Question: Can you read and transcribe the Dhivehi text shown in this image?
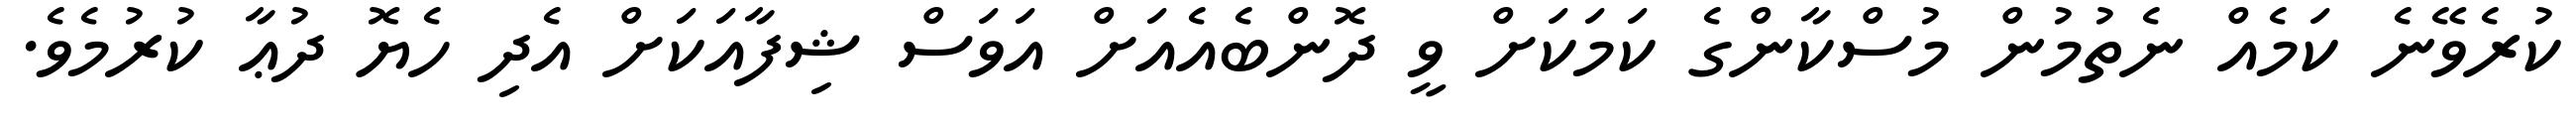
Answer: ކުރެވޭނެ ކަމެއް ނެތުމުން މުސްކާންގެ ކަމަކަށް ވީ ދޮންބެއެއަށް އަވަސް ޝިފާއަކަށް އެދި ހެޔޮ ދުޢާ ކުރުމެވެ.